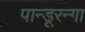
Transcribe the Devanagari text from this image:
पान्डूरन्गा